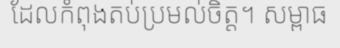
ដែលកំពុងតប់ប្រមល់ចិត្ត។ សម្ពាធ